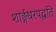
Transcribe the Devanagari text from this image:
शार्ङ्गधरपद्धति